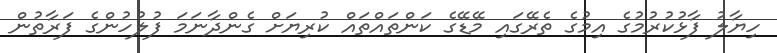
ހިޔާލު ފާޅުކުރުމުގެ އިމުގެ ތެރޭގައި މޭޑޭގެ ކަންތައްތައް ކުރިޔަށް ގެންދާނަމަ ފުލުހުންގެ ފަރާތުން